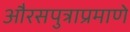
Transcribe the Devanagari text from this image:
औरसपुत्राप्रमाणे